Reports on military cantonments and civil stations in the Presidency of Bombay inspected by the Sanitary Commissioner in the years 1875 and 1876
Year: 1875
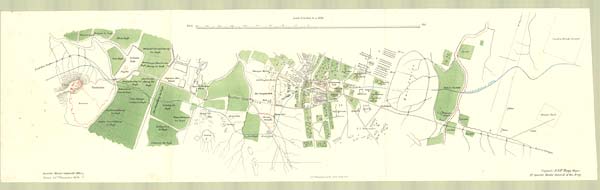
Scale, 6 Inches to a Mile
Quarter Master General's Office
Poona 23rd December 1876....
Govt Photozincographic Office, Poona-1876
(signed). A. G. F. Hogg
Major;
Dy Quarter Master General of the Army.